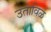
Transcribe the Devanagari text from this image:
उताविळ